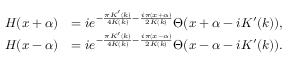
\begin{array} { r l } { H ( x + \alpha ) } & { = i e ^ { - \frac { \pi K ^ { \prime } ( k ) } { 4 K ( k ) } - \frac { i \pi ( x + \alpha ) } { 2 K ( k ) } } \Theta ( x + \alpha - i K ^ { \prime } ( k ) ) , } \\ { H ( x - \alpha ) } & { = i e ^ { - \frac { \pi K ^ { \prime } ( k ) } { 4 K ( k ) } - \frac { i \pi ( x - \alpha ) } { 2 K ( k ) } } \Theta ( x - \alpha - i K ^ { \prime } ( k ) ) . } \end{array}